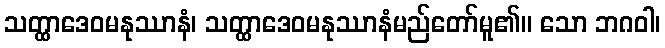
သတ္ထာဒေဝမနုဿာနံ၊ သတ္ထာဒေဝမနုဿာနံမည်တော်မူ၏။ သော ဘဂဝါ၊